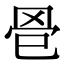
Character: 𦊦